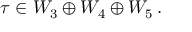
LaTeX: \tau \in { \cal W } _ { 3 } \oplus { \cal W } _ { 4 } \oplus { \cal W } _ { 5 } \, .